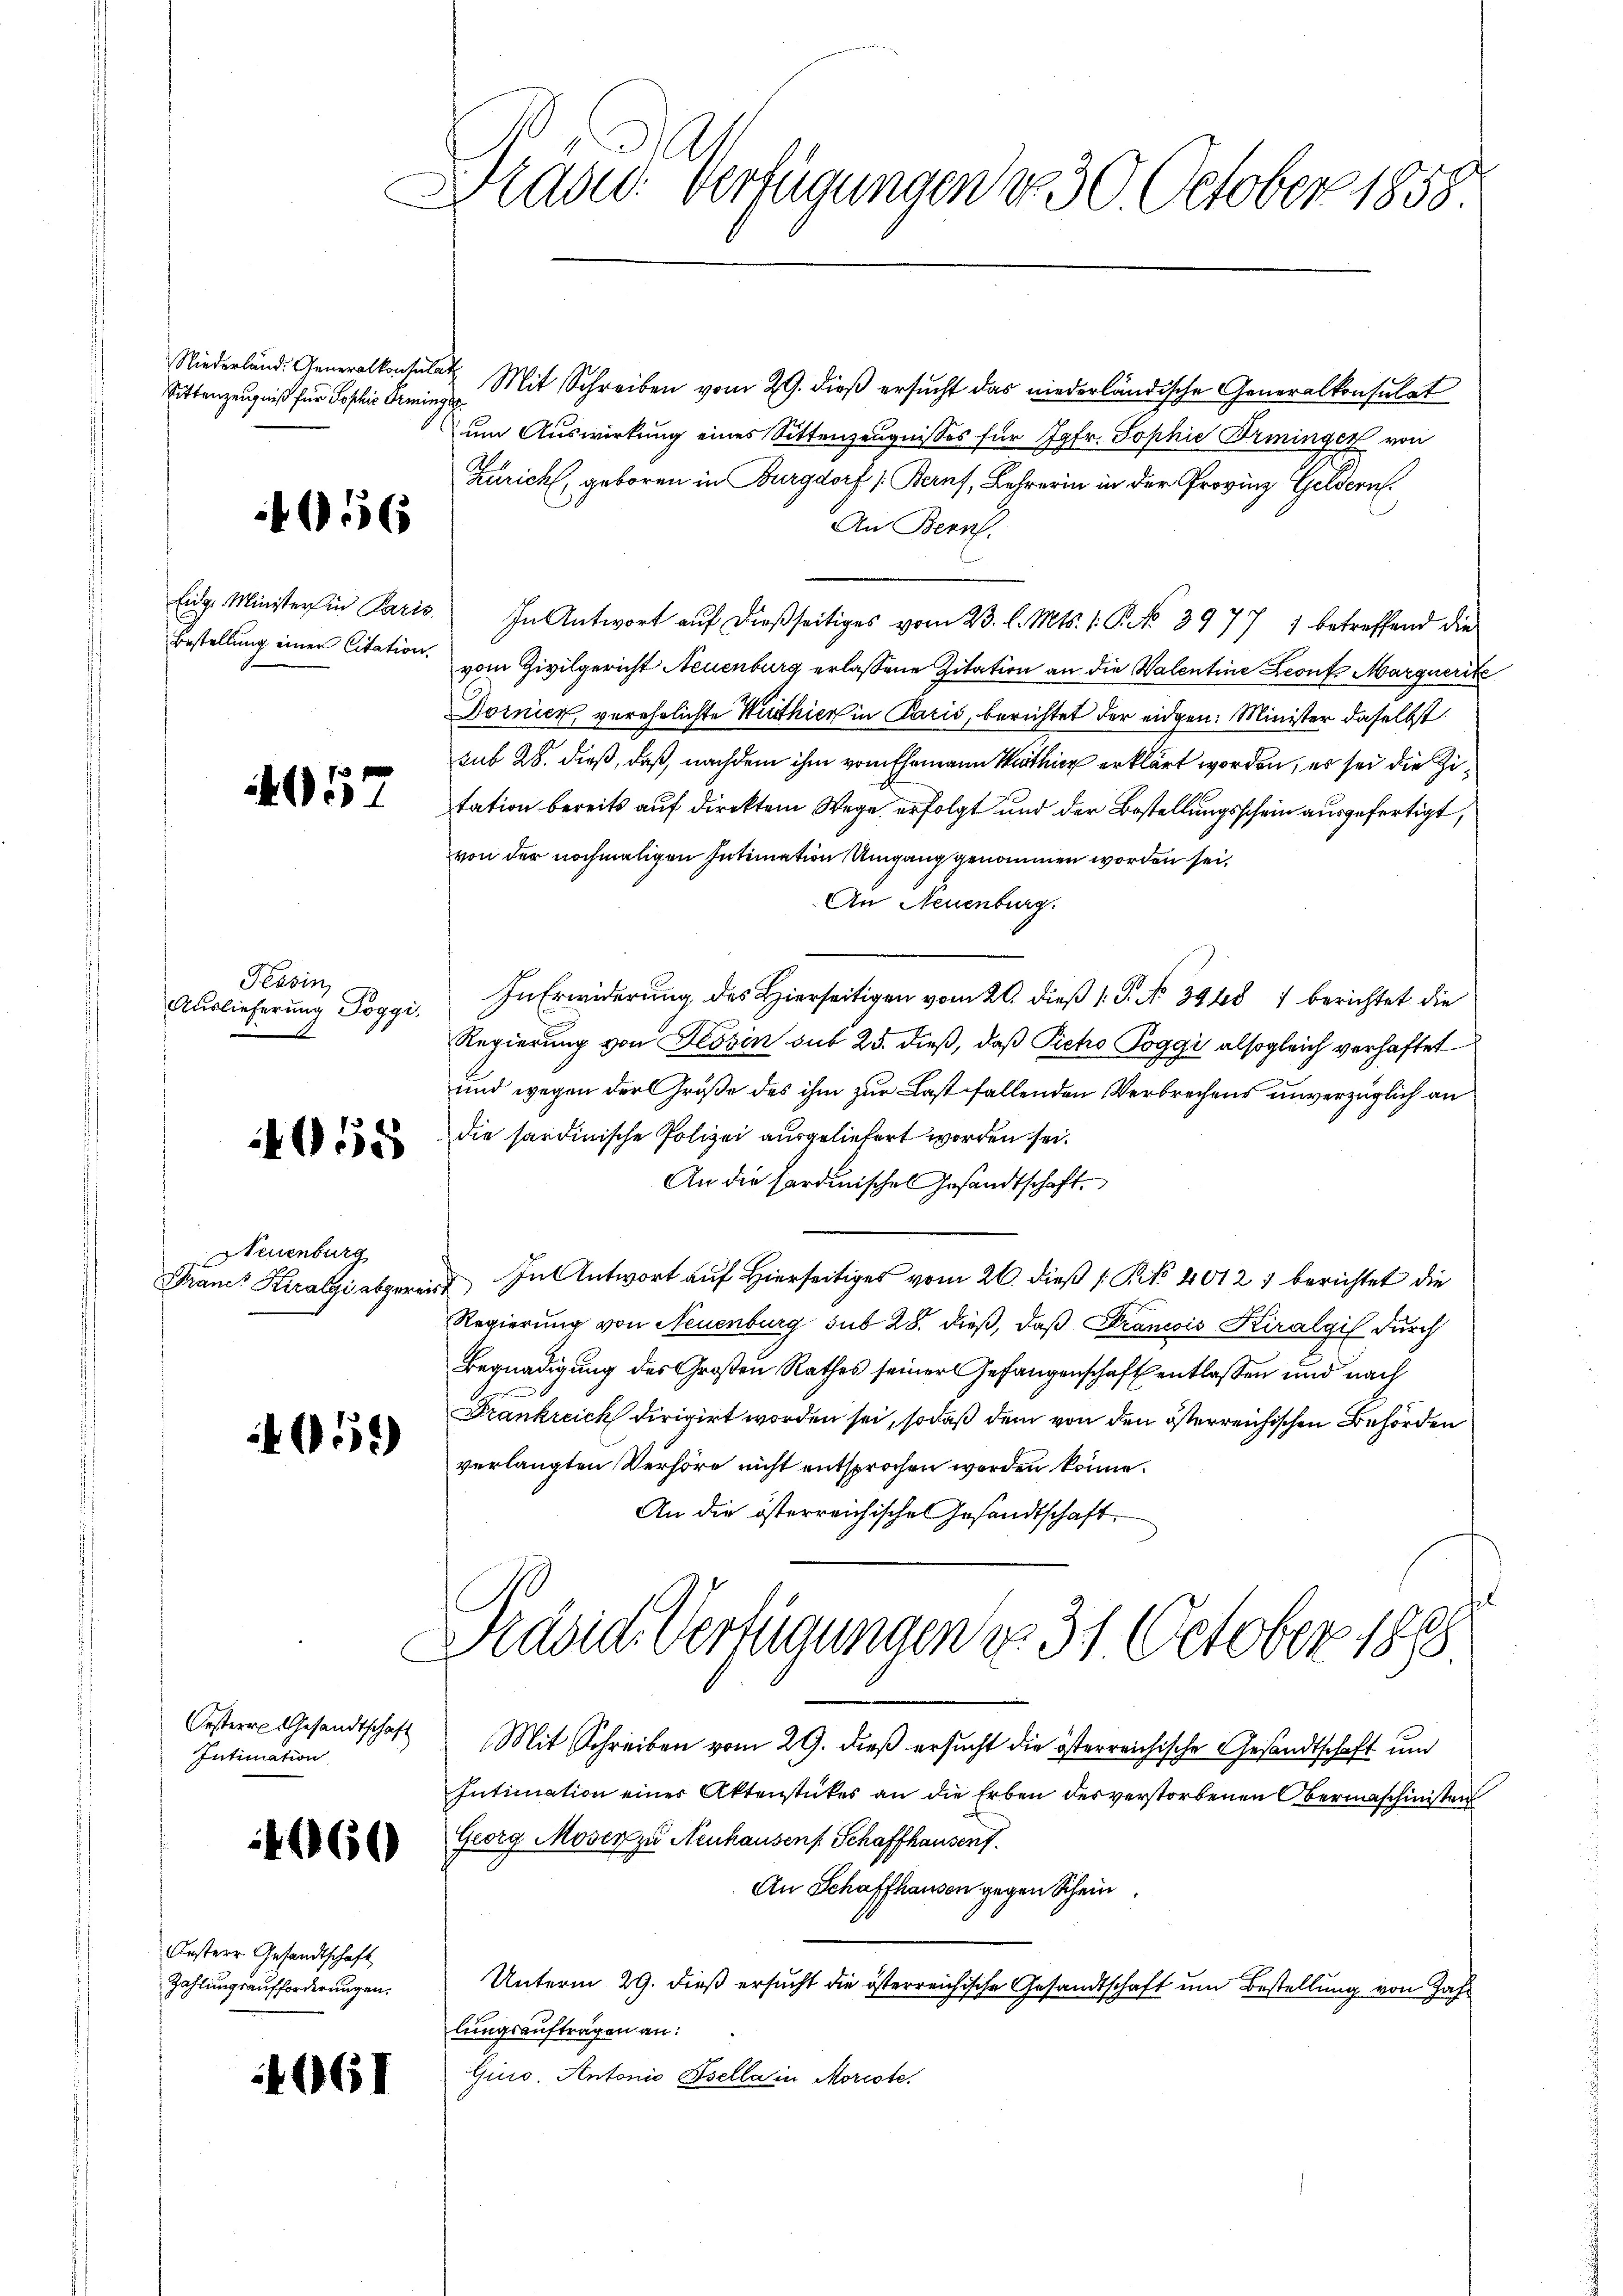
Sittenzeugniß für Sophie Beminget

1056

Bestellung einer Citation,

4057

Tessin,
Auslieferung Toggi,
A

058

Neuenburg
Francs Kuralgi abgereit

055

Intimation

4460

Ansterr Gesandtschaft
Zahlungsaufforderungen.

4061

Wlad: Verfügungen d. 30. October 1858.

Niederland. Generalkonsula Mit Schreiben vom 29. dieß ersucht das niederländische Generalkonsulat
um Auswirkung eines Sittenzeugnisses für Jgfr. Sophie Irminger von
Zürich, geboren in Burgdorf (Berns, Lehrerin in der Provinz Geldern
An Bern.
Eidg. Minister in Paris. In Antwort aŭf dießseitiges vom 23. l. Mts. 1. P. No 3977 ; betreffend die
vom Zivilgericht Neuenburg erlassene Zitation an die Valentine Leonts Marquerik
Dornien verehrlichte Wirthier in Paris, berichtet der eidgen: Minister daselbst
sub 28. dieß, daß, nachdem ihm vom Ehemann Mathier erklärt worden, es sei die Zitation bereits auf direktem Wege erfolgt und der Bestellungsschein ausgefertigt,
von der nochmaligen Intimation Umgang genommen worden sei,
An Neuenburg.
In Erwiderung des Hierseitigen vom 20. dieß (: P. No 39487 berichtet die
Regierung von Tessin sub 25. dieß, daß Peho Poggi alsogleich verhaftet
und wegen der Größe des ihm zur Last fallenden Verbrechens unverzüglich an
die sardinische Polizei ausgeliefert worden sei.
An die Pardinisches Gesandtschaft
In Antwort auf Hierseitiges vom 26. dieß [No 40121 berichtet die
Regierung von Neuenburg sub 28. dieß, daß Strancois Kiralgil durch
Begnadigung des Großen Rathes seiner Gefangenschaft entlassen und nach
Frankreich dirigirt worden sei, sodaß dem von den österreichischen Behörden
verlangten Verhöre nicht entsprochen worden könne.
An die österreichische Gesandtschaft
1
Präsid. Verfügungen er 31. October 1818.
Oestere Gesandtschaft Mit Schreiben vom 29. dieß ersucht die österreichische Gesandtschaft und
Intimation einer Aktenstückes an die Erben des verstorbenen Obermaschinisten
Georg Moser zu Neuhausen Schaffhausent.
An Schaffhausen gegen Schein
Unterm 29. dieß ersucht die österreichische Gesandtschaft um Bestellung von Jahr
lungsauftragen an:
Gio. Antonio Ssella in Morcote.